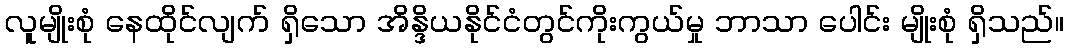
လူမျိုးစုံ နေထိုင်လျက် ရှိသော အိန္ဒိယနိုင်ငံတွင်ကိုးကွယ်မှု ဘာသာ ပေါင်း မျိုးစုံ ရှိသည်။